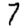
Digit: 7